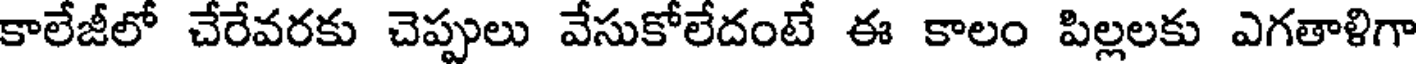
కాలేజీలో చేరేవరకు చెప్పులు వేసుకోలేదంటే ఈ కాలం పిల్లలకు ఎగతాళిగా